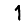
Digit: 1